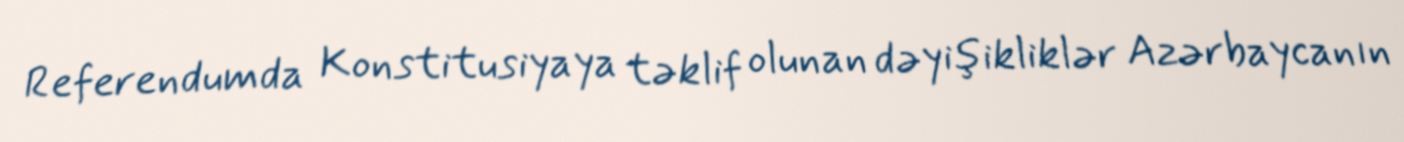
Referendumda Konstitusiyaya təklif olunan dəyişikliklər Azərbaycanın